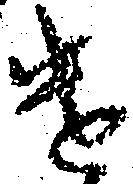
遣